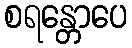
စရန္တောပေ